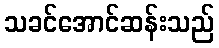
သခင်အောင်ဆန်းသည်